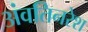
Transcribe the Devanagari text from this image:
अंवतिनरेश